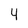
Character: 4